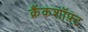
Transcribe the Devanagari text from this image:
क्रैंकशॉफ़्ट